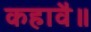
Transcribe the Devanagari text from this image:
कहावै॥